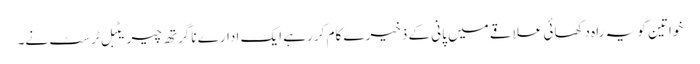
خواتین کو یہ راہ دکھائی علاقے میں پانی کے ذخیرے کام کر رہے ایک ادارے ناگرتھ چیریٹبل ٹرسٹ نے۔